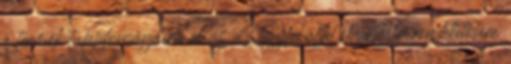
a termék tulajdonságaira és az Ügyfél által elvárható rendeltetésére